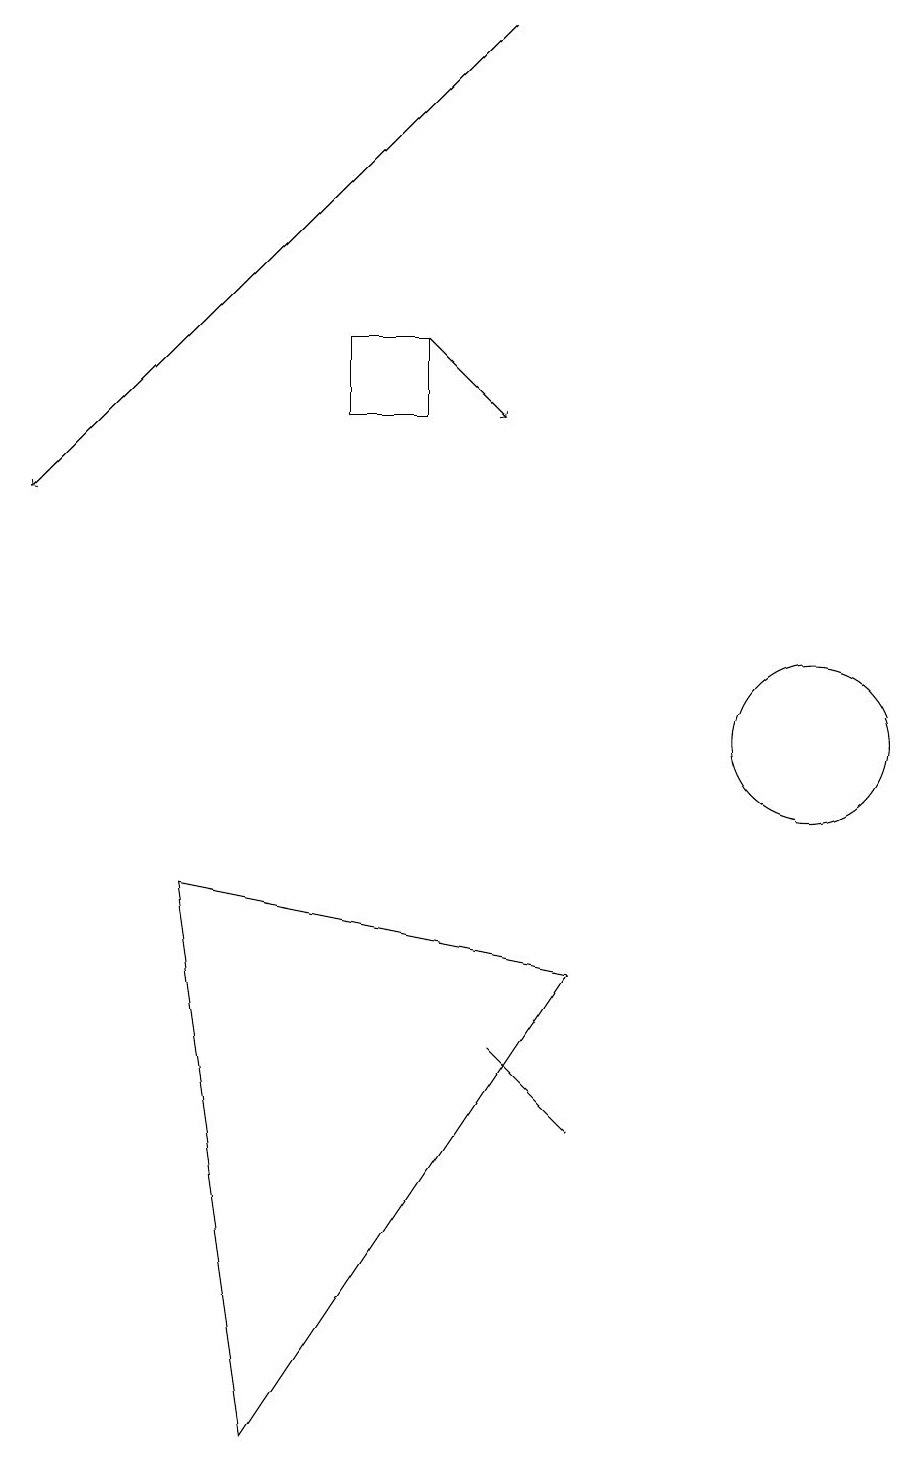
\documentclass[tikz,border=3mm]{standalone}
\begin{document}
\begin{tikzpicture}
\draw (5,15) rectangle (4,14);
\draw[->] (6,19) -- (0,13);
\draw (2,8) -- (3,1) -- (7,7) -- cycle;
\draw[->] (5,15) -- (6,14);
\draw (10,10) circle (1);
\draw (7,5) -- (7,5) -- (6,6) -- cycle;
\draw (10,10) circle (0);
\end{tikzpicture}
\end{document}